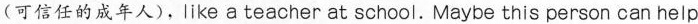
(可信任的成年人),like a teacher at school.Maybe this person can help